Vaccination Hyderabad 1890-1903 - 1890-1903
Year: 1890
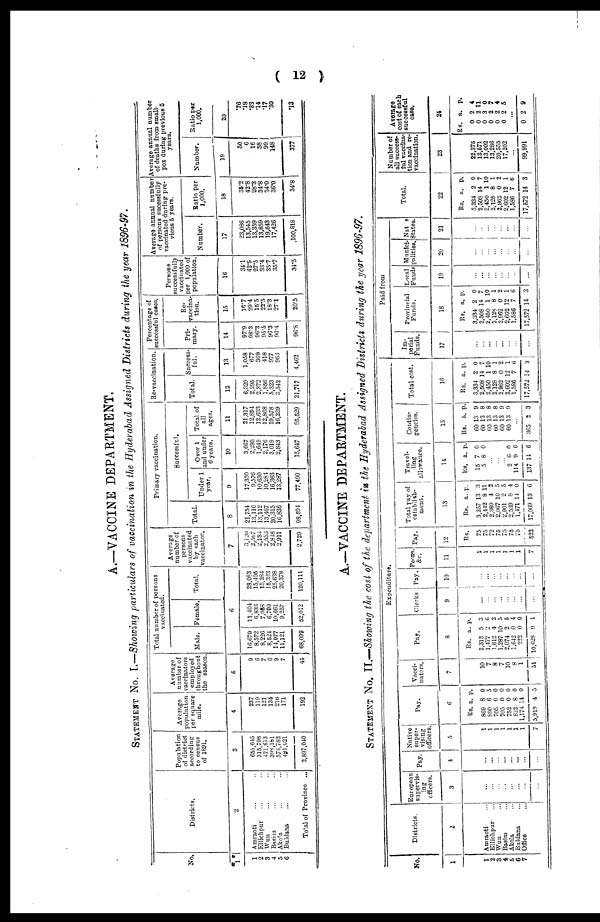
( 12 )
A.—VACCINE DEPARTMENT.
STATEMENT No. I.—Showing particulars of vaccination in the Hyderabad Assigned Districts during the year 1896-97.
No.
1
1
2
3
4
5
6
Districts.
2
Amraoti ... ...
Ellichpur ... ...
Wun ... ...
Basim ... ...
Akola ... ...
Buldana ... ...
Totol of Province ...
Population
of district
according
to census
of 1891.
3
655,645
315,798
471,613
398,181
574,782
481,021
2,897,040
Average
population
per square
mile.
4
237
119
121
134
216
171
192
Average
number of
vaccinators
employed
throughout
the season.
5
9
6
7
6
9
7
44
Total number of persons
vaccinated.
Male. Female. Total.
6
16,679
8,572
8,226
8,524
14,977
11,121
68,099
11,404
6,833
7,058
6,799
10,661
9,257
52,012
28,083
15,405
15,284
15,323
25,638
20,378
120,111
Average
number of
persons
vaccinated
by each
vaccinator.
7
3,120
2,567
2,183
2,553
2,818
2,911
2,729
Primary vaccination.
Total.
8
21,754
13,110
13,112
13,467
20,315
16,836
98,594
Successful.
Under 1
year.
9
17,350
9,576
10,630
10,284
16,363
13,287
77,490
Over 1
and under
6 years.
10
3,667
2,293
1,649
2,176
3,019
2,843
15,647
Total of
all
ages.
11
21,317
12,894
12,633
12,868
19,578
16,239
95,529
Re-vaccination.
Total.
12
6,329
2,295
2,372
1,856
5,323
3,542
21,717
Success¬
ful.
13
1,058
677
369
418
977
963
4,462
Percentage of
successful cases.
Pri-
mary.
14
97.9
98.3
96.3
95.5
96.3
96.4
96.8
Re¬
vaccina-
tion.
15
16.7
29.4
15.5
22.5
18.3
27.1
20.5
Persons
successfully
vaccinated
per 1,000 of
population.
16
34.1
42.9
27.5
33.4
35.7
35.7
34.5
Average annual number
of persons sucessfully
vaccinated during pre-
vious 5 years.
Number.
17
23,086
13,545
13,359
13,859
19,543
17,426
100,818
Ratio per
1,000.
18
35.2
42.8
28.3
34.8
34.0
36.0
34.8
Average annual number
of deaths from small-
pox during previous 5
years.
Number.
19
50
6
16
58
99
148
377
Ratio per
1,000.
20
.76
.18
.33
.14
.17
.30
.13
A.—VACCINE DEPARTMENT.
STATEMENT No. II.—Showing the cost of the department in the Hyderabad Assigned Districts during the year 1896-97.
No.
1
1
2
3
4
5
6
7
Districts.
2
Amraoti ...
Ellichpur ...
Wun ...
Basim ...
Akola ...
Buldana ...
Office ...
...
Expenditure.
European
supervis-
ing
officers.
3
...
...
...
...
...
...
...
...
Pay.
4
...
...
...
...
...
...
...
...
Native
super-
vising
officers.
5
1
1
1
1
1
1
1
7
Pay.
6
Rs.
869
890
705
705
752
822
1,174
5,919
a.
8
6
0
0
0
8
14
4
p.
0
5
0
0
0
0
0
5
Vacci-
nators.
7
10
7
8
7
10
8
1
51
Pay.
8
Rs.
2,313
1,477
1,612
1,287
2,074
1,642
222
10,628
a.
5
2
4
10
2
0
0
9
p.
3
6
2
5
5
4
0
1
Clerks
9
...
...
...
...
...
...
...
...
Pay.
10
...
...
...
...
...
...
...
...
Peons,
&c.
11
1
1
1
1
1
1
1
7
Pay.
12
Rs.
75
75
72
75
75
75
75
522
Total pay of
establish-
ment.
13
Rs.
3,257
2,442
2,389
2,067
2,901
2,539
1,471
17,069
a.
13
8
4
10
2
8
14
13
p.
3
11
2
5
5
4
0
6
Travel-
ling
allowance.
14
Rs.
15
5
a
7
8
p.
0
0
...
...
...
2
114
137
6
9
14
0
6
6
Contin-
gencies.
15
Rs.
60
60
60
60
60
60
a
13
13
13
13
13
13
p.
9
8
8
8
9
9
...
365 2 3
Total cost.
16
Rs.
3,334
2,508
2,450
2,128
2,962
2,602
1,586
17,572
a.
2
14
1
8
0
12
7
14
p.
0
7
10
1
2
1
6
3
Paid from
Im-
perial
Funds.
17
...
...
...
...
...
...
...
...
Provincial
Funds.
18
Rs.
3,334
2,508
2,450
2,128
2,962
2,602
1,586
17,572
a.
2
14
1
8
0
12
7
14
p.
0
7
10
1
2
1
6
3
Local
Funds
19
...
...
...
...
...
...
...
...
Munici-
palities.
20
...
...
...
...
...
...
...
...
Nate
States
21
...
...
...
...
...
...
...
...
Total.
22
Rs.
3,334
2,508
2 450
2,128
2,962
2,602
1,586
17,572
a.
2
14
1
8
0
12
7
14
p.
0
7
10
1
2
1
6
3
Number of
all success¬
ful vaccina-
tion and re¬
vaccination.
23
22,375
13,571
13,002
13,286
20,555
17,202
...
99,991
Average
cost of each
successful
case.
24
Rs.
0
0
0
0
0
0
a.
2
2
3
2
2
2
p.
4
11
0
7
4
5
...
0 2 9